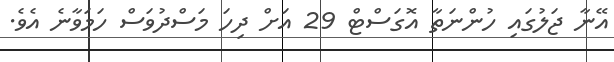
އޭނާ ޖަލުގައި ހުންނަތާ އޮގަސްޓް 29 އަށް ދިހަ މަސްދުވަސް ހަމަވާނެ އެވެ.